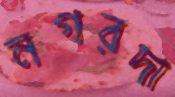
নগরদা